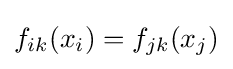
f_{ik}(x_{i})=f_{jk}(x_{j})